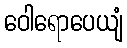
ဝေါရောပေယျံ